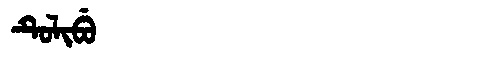
Manchu: ᡨᡠᠯᡳᠪᡠ
Romanization: TULIBU